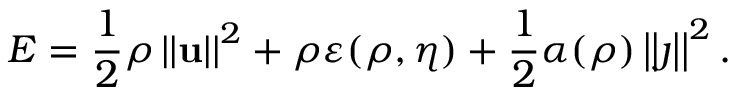
E = \frac { 1 } { 2 } \rho \left\vert \left\vert \mathbf { u } \right\vert \right\vert ^ { 2 } + \rho \varepsilon ( \rho , \eta ) + \frac { 1 } { 2 } \alpha ( \rho ) \left\vert \left\vert \j \right\vert \right\vert ^ { 2 } .